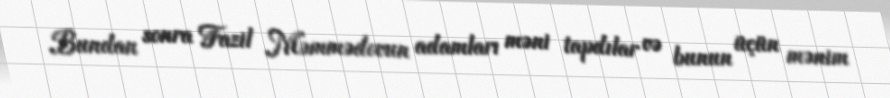
Bundan sonra Fazil Məmmədovun adamları məni tapdılar və bunun üçün mənim